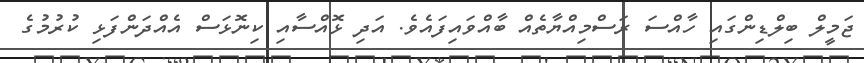
ޖަމީލް ބިލްޑިންގައި ހާއްސަ ރަސްމިއްޔާތެއް ބާއްވައިފައެވެ. އަދި ޅޮއްސާއި ކިނޮޅަސް އެއްދަންފަޅި ކުރުމުގެ